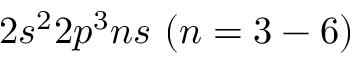
{ { 2 s ^ { 2 } 2 p ^ { 3 } n s ~ ( n = 3 - 6 ) } }